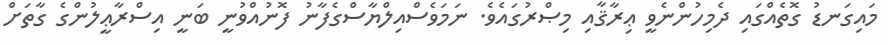
މައިގަނޑު ގޮތެއްގައި ދެމިހުންނެވީ ޢިރާޤާއި މިޞްރުގައެވެ. ނަމަވެސްއިލްޔާސްގެފާނު ފޮނުއްވުނީ ބަނީ އިސްރާޢީލުންގެ ގާތަށް